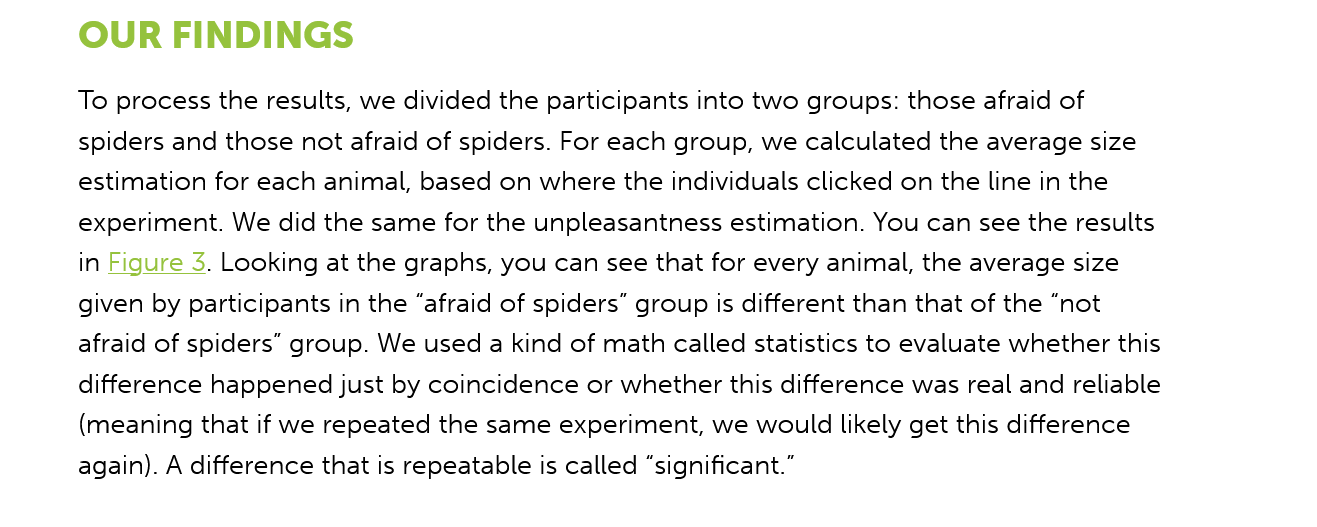
OUR    FINDINGS
     To process the results, we divided the participants into two groups: those afraid of
     spiders and those not afraid of spiders. For each group, we calculated the average size
     estimation for each animal, based on where the individuals clicked on the line in the
     experiment. We did the same for the unpleasantness estimation. You can see the results
     in Figure
     3.
     Looking at the graphs, you can see that for every animal, the average size
     given by participants in the “afraid of spiders” group is different than that of the “not
     afraid of spiders” group. We used a kind of math called statistics to evaluate whether this
     difference happened just by coincidence or whether this difference was real and reliable
     (meaning that if we repeated the same experiment, we would likely get this difference
     again). A difference that is repeatable is called “significant.”